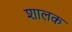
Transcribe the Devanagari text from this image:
शालक